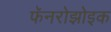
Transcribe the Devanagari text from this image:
फॅनरोझोइक